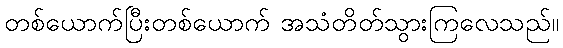
တစ်ယောက်ပြီးတစ်ယောက် အသံတိတ်သွားကြလေသည်။